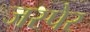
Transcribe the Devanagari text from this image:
जस्पेर